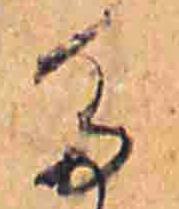
た